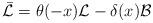
LaTeX: \begin{align*}\bar{\mathcal{L}}=\theta(-x) \mathcal{L} -\delta(x) \mathcal{B}\end{align*}